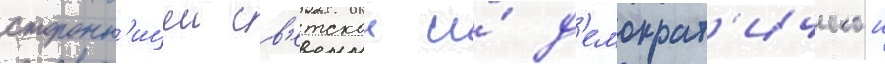
сторонн'ицеи св'етскои и́ д'емократ'ическои